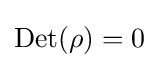
\mathrm {Det} (\rho )=0